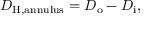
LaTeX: D _ { \mathrm { H , a n n u l u s } } = D _ { \mathrm { o } } - D _ { \mathrm { i } } ,